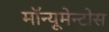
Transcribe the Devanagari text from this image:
मॉन्यूमेन्टोस